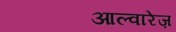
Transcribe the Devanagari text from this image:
आल्वारेज़